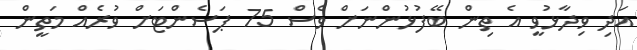
އަދި ވިދާޅުވީ އެ ތިން ބޭފުޅުންނަށް ވެސް 75 ޕަސެންޓަށް ވުރެއް މަތީން